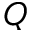
Q